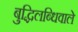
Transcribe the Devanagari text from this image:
बुद्धिलब्धिवाले